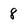
Character: 8